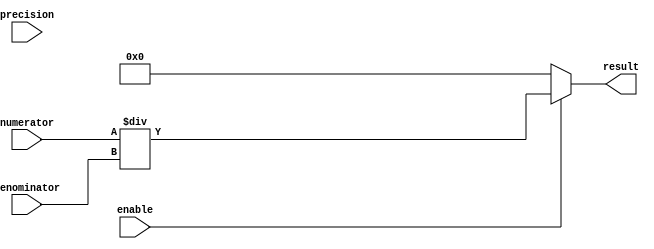
module fixed_point_divider
(
    input signed [15:0] numerator,
    input signed [15:0] denominator,
    input wire [3:0] precision,
    input wire enable,
    output reg signed [15:0] result
);

always @ (numerator, denominator, precision, enable)
begin
    if (enable)
    begin
        result = numerator / denominator;
    end
    else
    begin
        result = 16'b0;
    end
end

endmodule